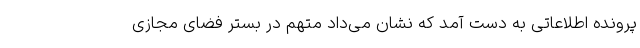
پرونده اطلاعاتی به دست آمد که نشان می‌داد متهم در بستر فضای مجازی